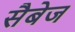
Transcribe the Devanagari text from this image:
सैबेज